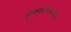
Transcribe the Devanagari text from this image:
सृक्कावनमनी